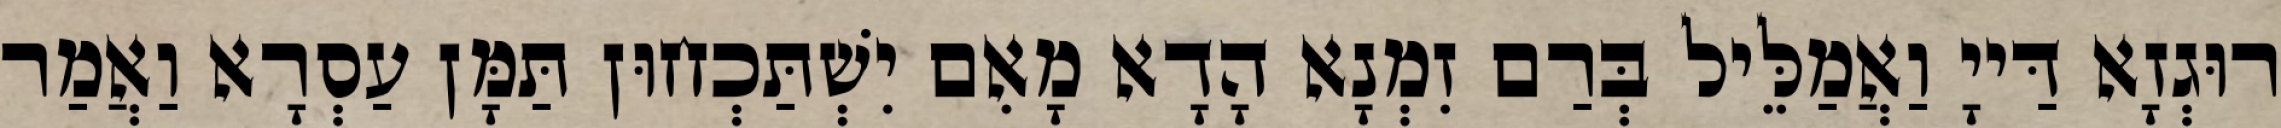
רוּגְזָא דַּייָ וַאֲמַלֵּיל בְּרַם זִמְנָא הָדָא מָאִם יִשְׁתַּכְחוּן תַּמָּן עַסְרָא וַאֲמַר